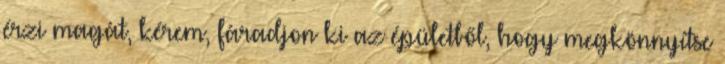
érzi magát, kérem, fáradjon ki az épületből, hogy megkönnyítse